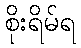
စိုးရိမ်ရ